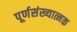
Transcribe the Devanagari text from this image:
पूर्णसंख्यात्मक